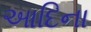
આદિના